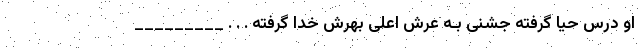
او درس حیا گرفته جشنی بـه عرش اعلی بهرش خدا گرفته . . . _________